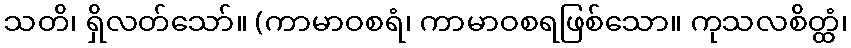
သတိ၊ ရှိလတ်သော်။ (ကာမာဝစရံ၊ ကာမာဝစရဖြစ်သော။ ကုသလစိတ္ထံ၊